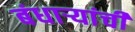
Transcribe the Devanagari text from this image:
बंधाऱ्यांची